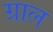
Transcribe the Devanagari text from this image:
ग्राल